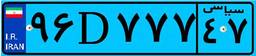
۵۰D۸۸۳۷۸